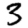
Digit: 3